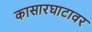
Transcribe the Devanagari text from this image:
कासारघाटावर